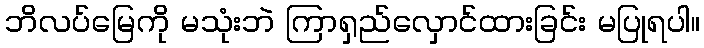
ဘိလပ်မြေကို မသုံးဘဲ ကြာရှည်လှောင်ထားခြင်း မပြုရပါ။